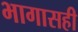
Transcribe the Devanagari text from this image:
भागासही